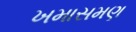
ખમાસમણ